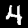
Digit: 4